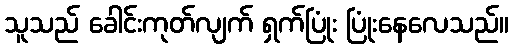
သူသည် ခေါင်းကုတ်လျက် ရှက်ပြုံး ပြုံးနေလေသည်။